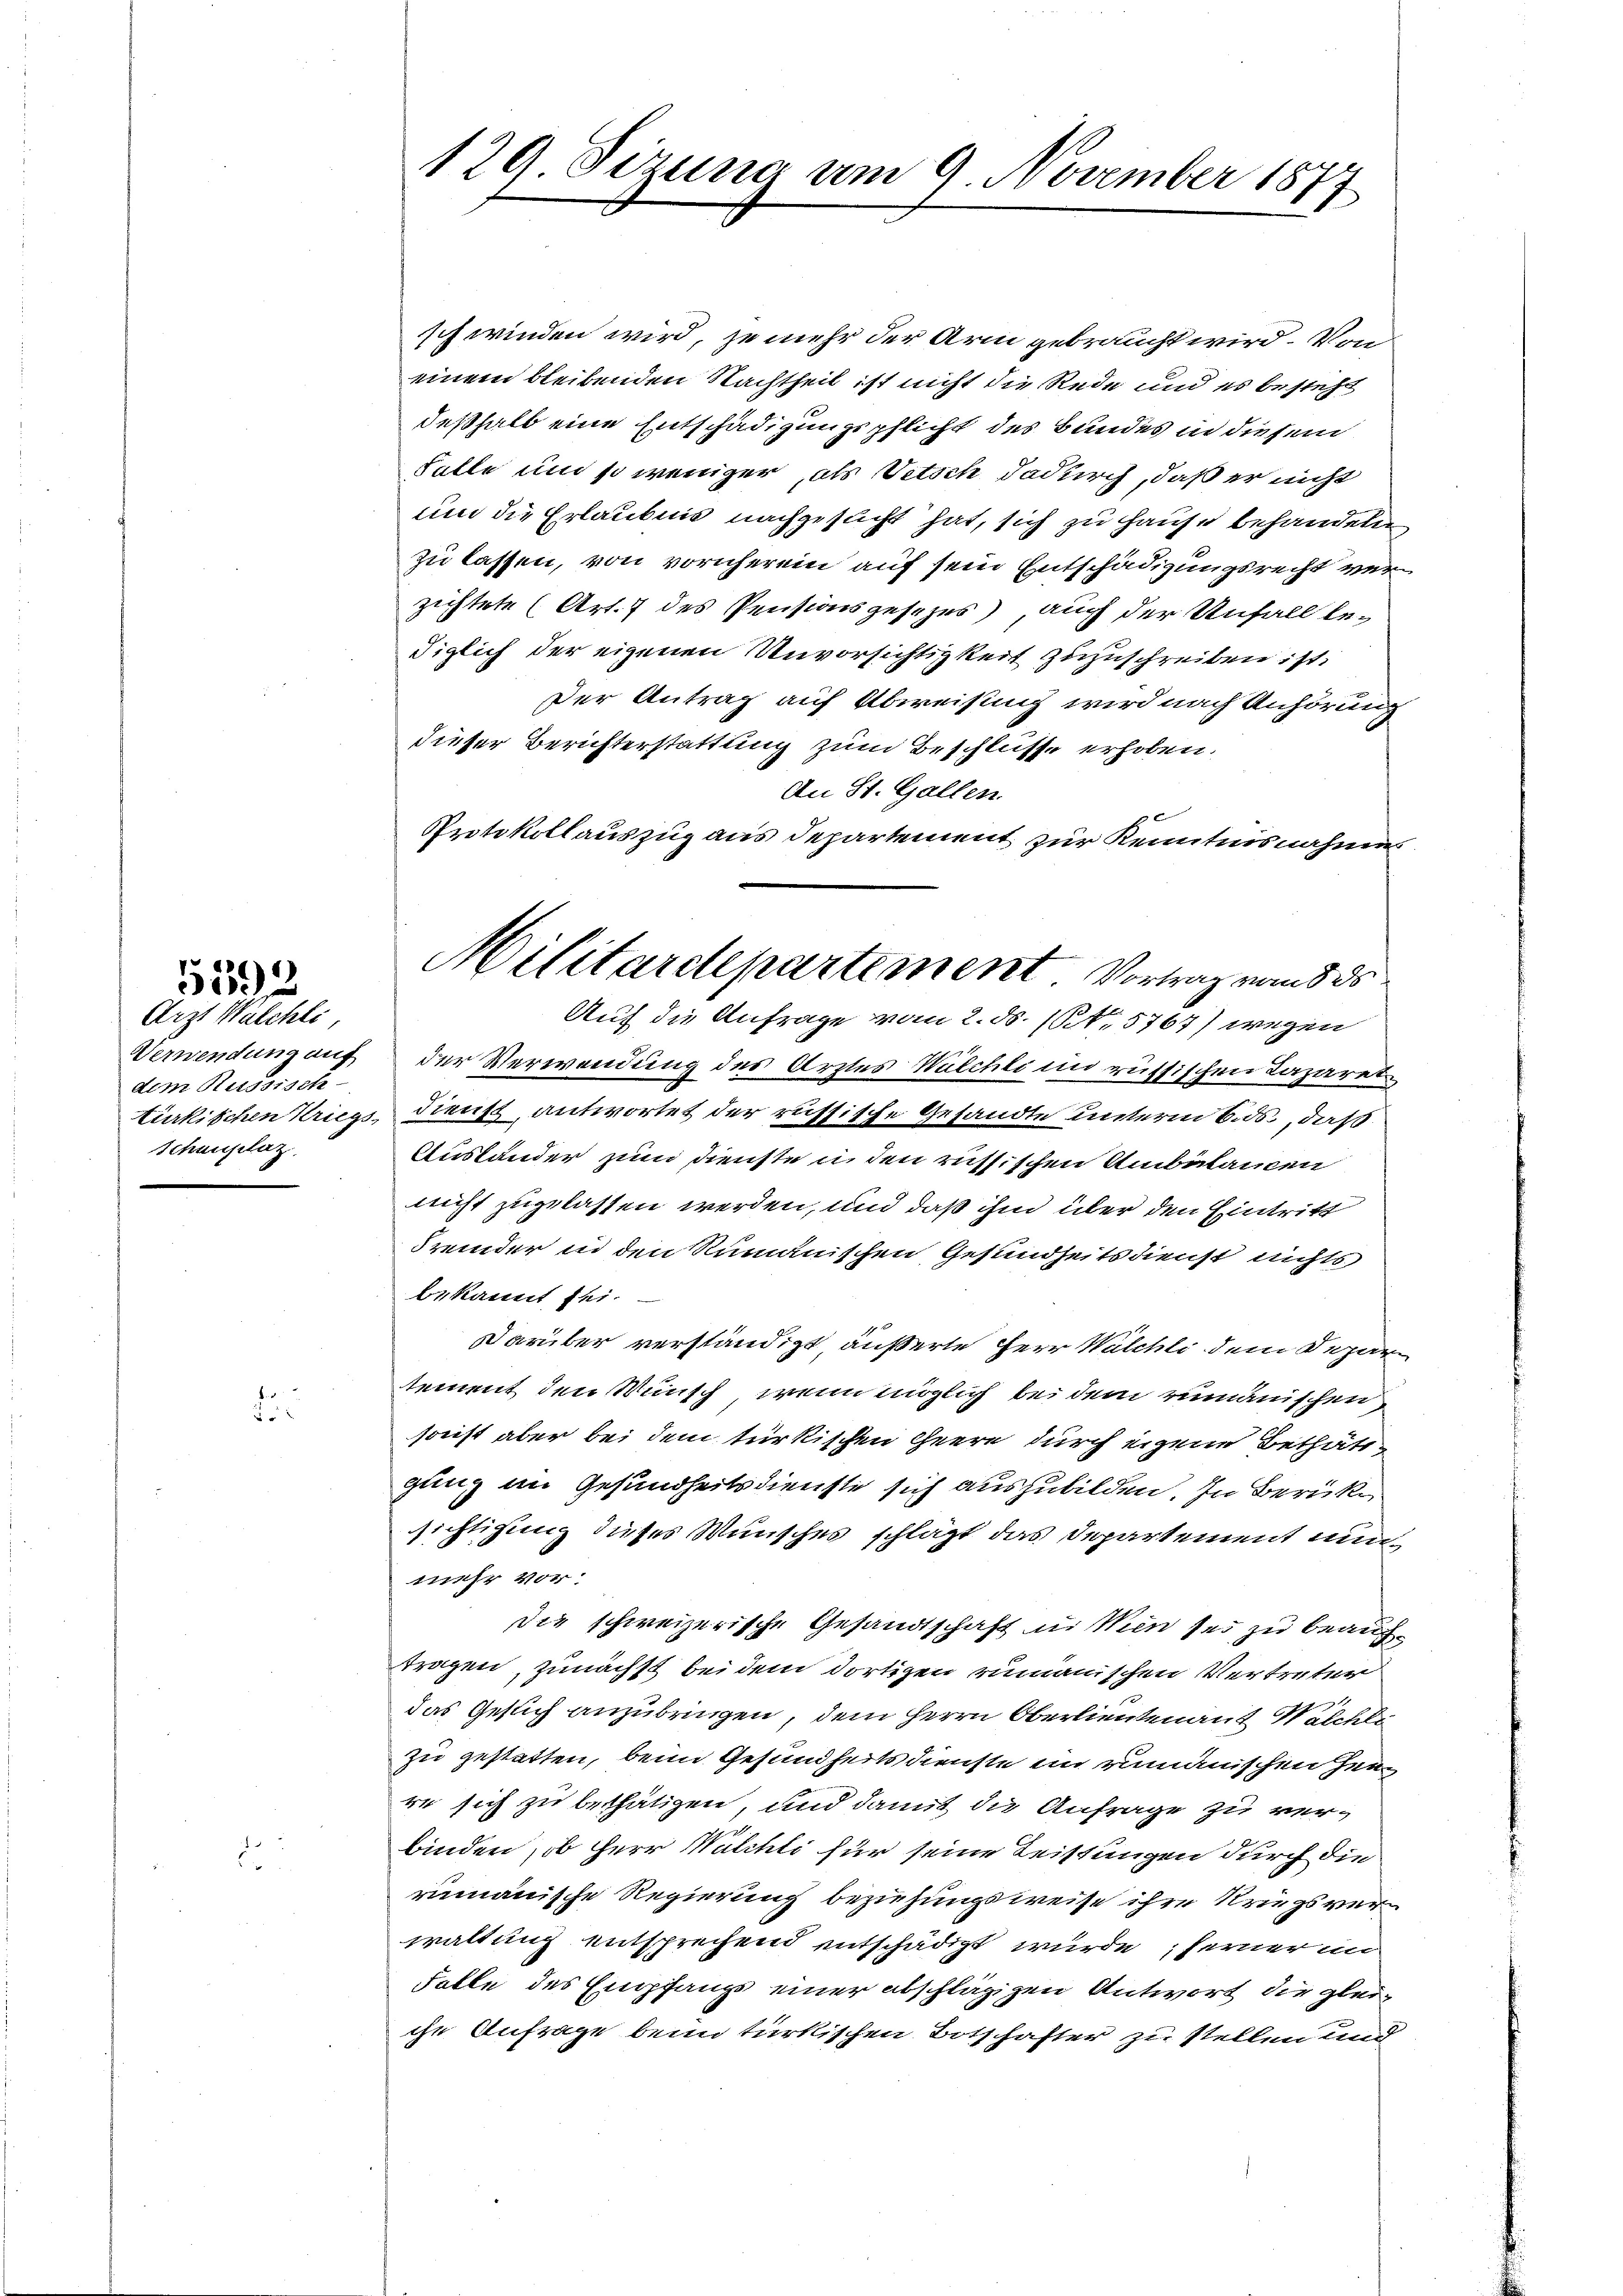
Arzt Walchli,
dem Russisch-
schenplaz

5
i

.

d

129 Sizung am 9. November 1877

schwinden wird, je mehr der Arm gebraucht wird. Von
einem bleibenden Nachtheil ist nicht die Rede und es besteht
deßhalb eine Entschädigungspflicht des Bundes in diesem
Falle und so weniger als Vetsch dadurch, daß er nicht
um die Erlaubnis nachgesucht hat, sich zu Hause behandeln
zu lassen, von vornherein auf sein Entschädigungsrecht verzichtete (Art. 7 des Pensionsgesezes), auch der Unfall bediglich der eigenen Unvorsichtigkeit zuzuschreiben ist.
Der Antrag auf Abweisung wird nach Anhörung
dieser Berichterstattung zum Beschlüsse erhoben.
An St. Gallen.
Verwendung auf der Verwendung des Arztes Wilchli im russischen Lazaret
2
türkischen Kriegsdienst antwortet der russische Gesandte unterm 6. ds., daß
Austander zum Dienste in den russischen Ambülancen
nicht zugelassen werden, und daß ihm über den Eintritt
Fremder in den Rumänischen Gesundheitsdienst nichts
bekannt sei.
Darüber verständigt, äußerte Herr Walchli dem Deparsement den Wunsch, wenn möglich bei dem rumänischen,
sonst aber bei dem türkischen Geere durch eigene Bethätigung im Gesundheitsdienste sich auszubilden. In Berücksichtigung dieses Wunsches schlägt das Departement nun
mehr vor.
die schweizerische Gesandtschaft in Wien sei zu beauftragen, zunächst bei dem dortigen rumänischen Vertreten
das Gesich anzubringen, dem Herrn Oberlieutenauf Walchli
zu gestatten, beim Gesundheits dienste ein rumänischen heure sich zu bethätigen, und damit die Anfrage zu verbinden, ob Herr Walchli für seine Leistungen durch die
rumänische Regierung beziehungsweise ihre Kriegsverwaltung entsprechend entschädigt wurde; ferner in
Falle des Empfangs einer abschlägigen Antwort die gleiche Anfrage beim türkischen Botschafter zu stellen und

Protokollauszug aus Departement zur Kenntnisnahme
Militärdepartement Vortrag von 5 d
Auf die Anfrage vom 2. ds. (S. 5767) wegen